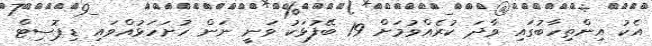
އެކު އިންތިހާބުގައި ވާދަ ކުރެއްވުމަށް 19 ބޭފުޅަކު ވަނީ ނަން ހުށަހަޅުއްވައި ޑިޕޮސިޓް